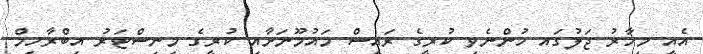
އެއީ މިހާރު ޖަލުގައ ހުންނެވި ކުރީގެ ރައީސް މައުމޫނަށާއި ކުރީގެ މިނިސްޓަރު އިބްރާހިމް